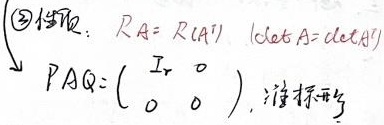
\textcircled{3} 性质：\(R(A) = R(A^{T})\)，\(|\mathrm{det}A| = |\mathrm{det}(A^{T})|\)。存在可逆矩阵 \(P\)、\(Q\) 使得 \(PAQ = \begin{pmatrix}I_{r}&0\\0&0\end{pmatrix}\)，此为标准形。